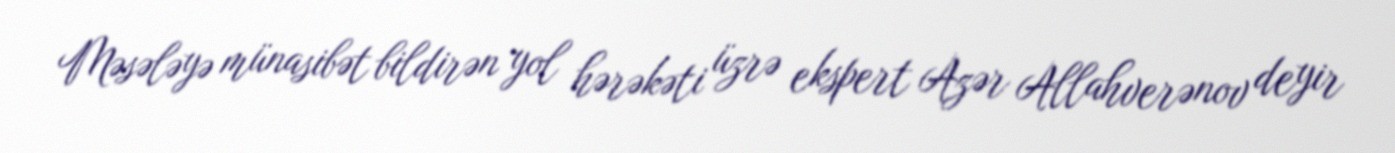
Məsələyə münasibət bildirən yol hərəkəti üzrə ekspert Azər Allahverənov deyir